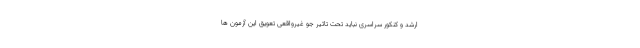
ارشد و کنکور سراسری نباید تحت تاثیر جو غیرواقعی تعویق این آزمون ها